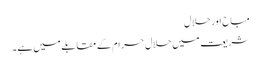
مباح اور حلال
شریعت میں حلال حرام کے مقابلے میں ہے ۔